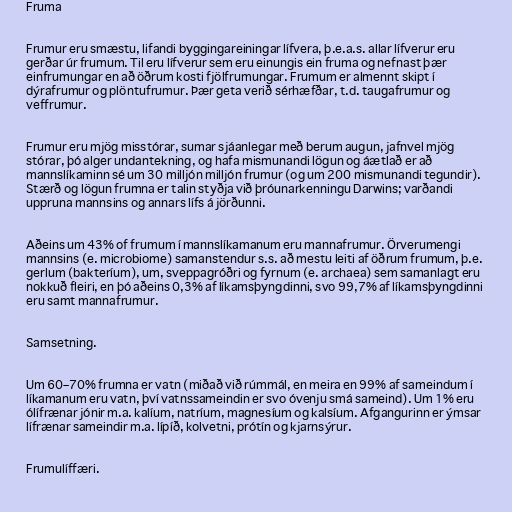
Fruma

Frumur eru smæstu, lifandi byggingareiningar lífvera, þ.e.a.s. allar lífverur eru
gerðar úr frumum. Til eru lífverur sem eru einungis ein fruma og nefnast þær
einfrumungar en að öðrum kosti fjölfrumungar. Frumum er almennt skipt í
dýrafrumur og plöntufrumur. Þær geta verið sérhæfðar, t.d. taugafrumur og
veffrumur.

Frumur eru mjög misstórar, sumar sjáanlegar með berum augun, jafnvel mjög
stórar, þó alger undantekning, og hafa mismunandi lögun og áætlað er að
mannslíkaminn sé um 30 milljón milljón frumur (og um 200 mismunandi tegundir).
Stærð og lögun frumna er talin styðja við þróunarkenningu Darwins; varðandi
uppruna mannsins og annars lífs á jörðunni.

Aðeins um 43% of frumum í mannslíkamanum eru mannafrumur. Örverumengi
mannsins (e. microbiome) samanstendur s.s. að mestu leiti af öðrum frumum, þ.e.
gerlum (bakteríum), um, sveppagróðri og fyrnum (e. archaea) sem samanlagt eru
nokkuð fleiri, en þó aðeins 0,3% af líkamsþyngdinni, svo 99,7% af líkamsþyngdinni
eru samt mannafrumur.

Samsetning.

Um 60–70% frumna er vatn (miðað við rúmmál, en meira en 99% af sameindum í
líkamanum eru vatn, því vatnssameindin er svo óvenju smá sameind). Um 1% eru
ólífrænar jónir m.a. kalíum, natríum, magnesíum og kalsíum. Afgangurinn er ýmsar
lífrænar sameindir m.a. lípíð, kolvetni, prótín og kjarnsýrur.

Frumulíffæri.